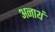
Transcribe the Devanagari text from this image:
अनाथं